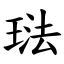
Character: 琺